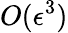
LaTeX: O(\epsilon^{3})